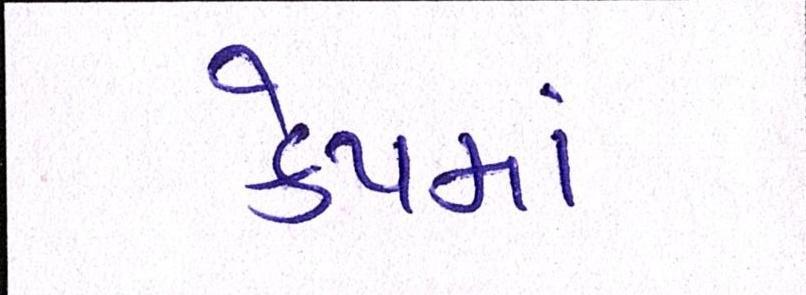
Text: કેપમાં